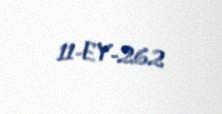
11-EY-262